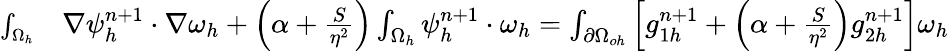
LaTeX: \begin{array}{rl}{\small\int_{\Omega_{h}}}&{{}\nabla\psi_{h}^{n+1}\cdot\nabla\omega_{h}+\left(\alpha+\frac{S}{\eta^{2}}\right)\int_{\Omega_{h}}\psi_{h}^{n+1}\cdot\omega_{h}=\int_{\partial\Omega_{oh}}\left[g_{1h}^{n+1}+\left(\alpha+\frac{S}{\eta^{2}}\right)g_{2h}^{n+1}\right]\omega_{h}}\end{array}